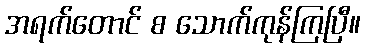
အရက်တောင် စ သောက်ကုန်ကြပြီ။